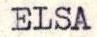
ELSA